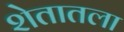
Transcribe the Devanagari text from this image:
शेतातला